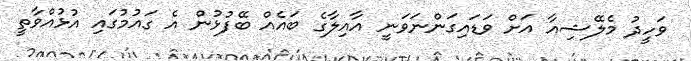
ވަހީދު މެލޭޝިއާ އަށް ވަޑައިގަންނަވަނީ އާއިލާގެ ބައެއް ބޭފުޅުން އެ ގައުމުގައި އުޅުއްވާތީ